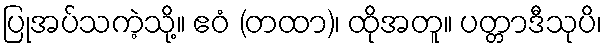
ပြုအပ်သကဲ့သို့။ ဧဝံ (တထာ)၊ ထိုအတူ။ ပတ္တာဒီသုပိ၊